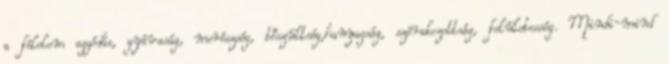
a félelem aggódás, gyávaság, merészség, bőszültség,hanyagság, szórakozottság, felületesség. Mindi-mind